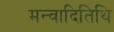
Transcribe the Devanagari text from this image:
मन्वादितिथि